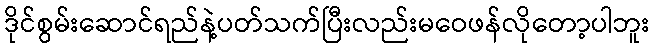
ဒိုင်စွမ်းဆောင်ရည်နဲ့ပတ်သက်ပြီးလည်းမဝေဖန်လိုတော့ပါဘူး